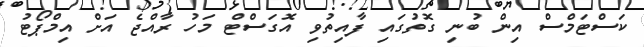
ކަސްޓަމްސް އިން ބުނި ގޮތުގައި ފާއިތުވި އޮގަސްޓް މަހު ރާއްޖެ އަށް އިމްޕޯޓު